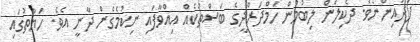
ފަދައިންނެވެ. ދެކިލަން ލިބުމުން ހަމްދަރްދީގެ ބަސްތަކެއް އިއްވާފައި ނިކުމެގެން ދާނީ އެވެ. ހަޔާތުގައި